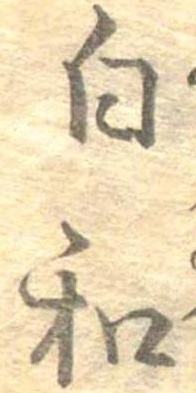
白和